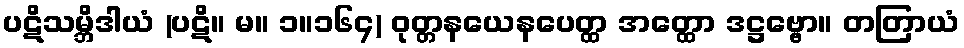
ပဋိသမ္ဘိဒါယံ (ပဋိ။ မ။ ၁။၁၆၄) ဝုတ္တနယေနပေတ္ထ အတ္ထော ဒဋ္ဌဗ္ဗော။ တတြာယံ